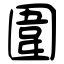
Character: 圍